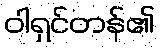
ဝါရှင်တန်၏